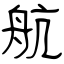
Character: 航